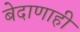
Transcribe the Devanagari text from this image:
बेदाणाही